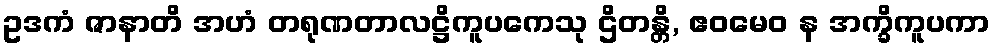
ဥဒကံ ဇာနာတိ အဟံ တရုဏတာလဋ္ဌိကူပကေသု ဌိတန္တိ, ဧဝမေဝ န အက္ခိကူပကာ